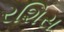
રશિસ